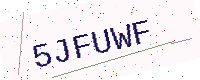
Text: 5JFUWF